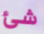
شئ